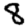
Digit: 8